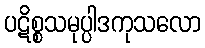
ပဋိစ္စသမုပ္ပါဒကုသလော